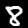
Digit: 8